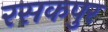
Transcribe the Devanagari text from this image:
रसकपुर